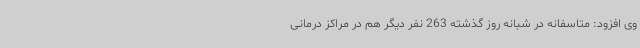
وی افزود: متاسفانه در شبانه روز گذشته 263 نفر دیگر هم در مراکز درمانی